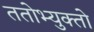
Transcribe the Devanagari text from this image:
ततोभ्युक्तो